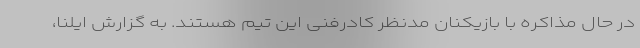
در حال مذاکره با بازیکنان مدنظر کادرفنی این تیم هستند. به گزارش ایلنا،